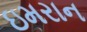
ઇમરાન